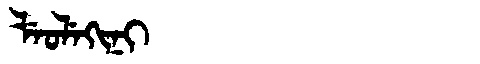
Manchu: ᠯᡝᠣᠯᡝᡴᡳᠨᡳ
Romanization: LEOLEKINI